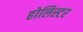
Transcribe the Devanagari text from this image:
होलिस्टर